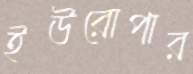
ইউরোপার